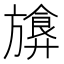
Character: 𪰁